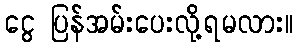
ငွေ ပြန်အမ်းပေးလို့ရမလား။